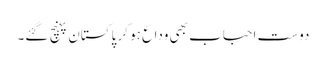
دوست احباب بھی وداع ہو کر پاکستان پہنچ گئے۔